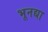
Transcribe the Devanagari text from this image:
भूनद्या